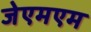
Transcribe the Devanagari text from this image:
जेएमएम